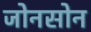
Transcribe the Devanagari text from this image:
जोनसोन